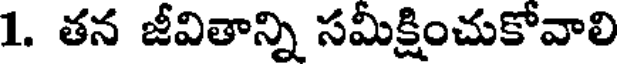
1. తన జీవితాన్ని సమీక్షించుకోవాలి